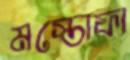
মস্তোফা